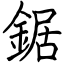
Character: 鋸